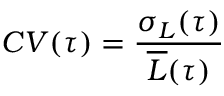
C V ( \tau ) = \frac { \sigma _ { L } ( \tau ) } { \overline { { L } } ( \tau ) }